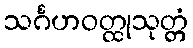
သင်္ဂဟဝတ္ထုသုတ္တံ